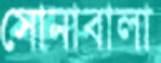
সোনাবালা